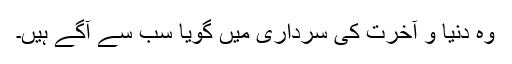
وہ دنیا و آخرت کی سرداری میں گویا سب سے آگے ہیں۔